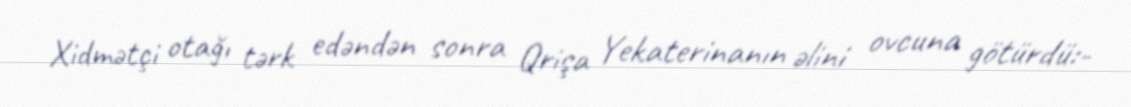
Xidmətçi otağı tərk edəndən sonra Qrişa Yekaterinanın əlini ovcuna götürdü:-